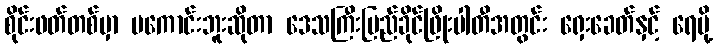
စိုင်းဖတ်တစ်မှာ မကောင်းဘူးဆိုတာ ဒေသကြီးပြည်ခိုင်ဖြိုးပါတီအတွင်း ရှေးခေတ်နှင့် ရေပို့